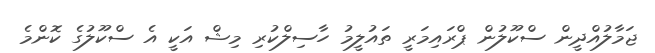
ޖަމާލުއްދީން ސްކޫލުން ޕްރައިމަރީ ތައުލީމު ހާސިލްކުރި މިޝް އަކީ އެ ސްކޫލުގެ ކޮންމެ